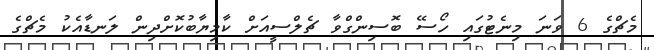
މެޗްގެ 6 ވަނަ މިނެޓުގައި ހޯސޭ ބޮސިންގްވާ ޗެލްސީއަށް ކާމިޔާބުކޮށްދިން ލަނޑާއެކު މެޗްގެ